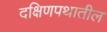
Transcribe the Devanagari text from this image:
दक्षिणपथातील